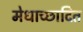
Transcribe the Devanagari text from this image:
मेधाच्छादित